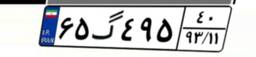
۰۱گ۸۲۳۹۹